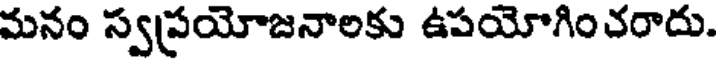
మనం స్వప్రయోజనాలకు ఉపయోగించరాదు.